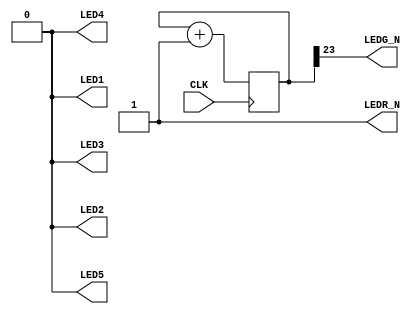
//------------------------------------------------------------------
//-- Blinking LED
//-- The Green LED is blinking. The other LEDs are turned off
//------------------------------------------------------------------
module blink_test (
	input CLK,      //-- 12 Mhz
	output LEDG_N,  //-- Green led to blink
	output LEDR_N,
	output LED1,
	output LED2,
	output LED3,
	output LED4,
	output LED5
);

reg [23:0] counter = 0;

  always @(posedge CLK) 
    counter <= counter + 1;

  //-- Toggle the green LED
  assign LEDG_N = counter[23];

  //-- Turn off the other LEDs
  assign LEDR_N = 3'b1;
  assign {LED5, LED4, LED3, LED2, LED1} = 5'b0;

endmodule